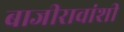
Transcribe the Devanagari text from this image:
बाजीरावांशी